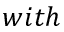
w i t h